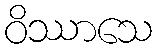
ဝိဿာသေ